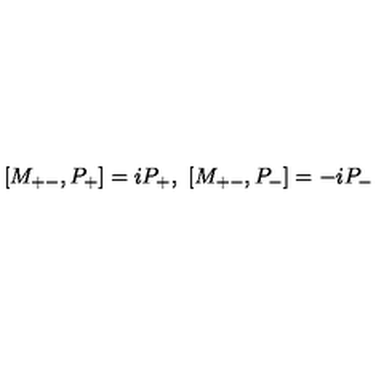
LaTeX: [ M _ { + - } , P _ { + } ] = i P _ { + } , \ [ M _ { + - } , P _ { - } ] = - i P _ { - }